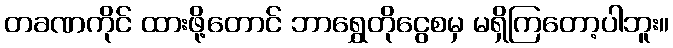
တခဏကိုင် ထားဖို့တောင် ဘာရွှေတိုငွေစမှ မရှိကြတော့ပါဘူး။